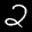
Label: 2